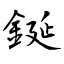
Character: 鋋